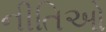
નીતિઓ